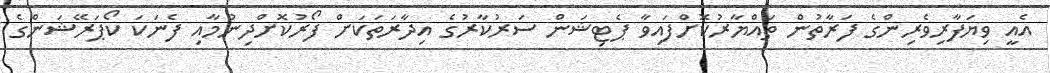
އެއީ ވިޔަފާރިވެރިންގެ ފަރާތުން ތައްޔާރުކޮށްފައިވާ ޕެޓިޝަން ސަރުކާރުގެ އިދާރަތަކަށް ފޯރުކޮށްދިނުމާއި ފެނަކަ ކޯޕަރޭޝަންގެ